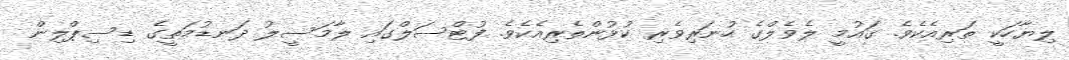
ލިޔާހަކީ ތަރިއެކެވެ. ގައުމީ ލެވެލްގެ ހުނަރިވެރި ކުޅުންތެރިއެކެވެ. ފުޓްސަލްގައި ލާމަސީލު ދަނޑުމަތީގެ ޑިސިޕްލިން